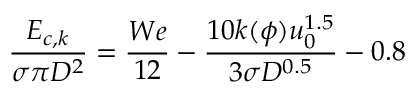
\frac { { { E } _ { c , k } } } { \sigma \pi { { D } ^ { 2 } } } = \frac { W e } { 1 2 } - \frac { 1 0 k ( \phi ) u _ { 0 } ^ { 1 . 5 } } { 3 \sigma { { D } ^ { 0 . 5 } } } - 0 . 8 \